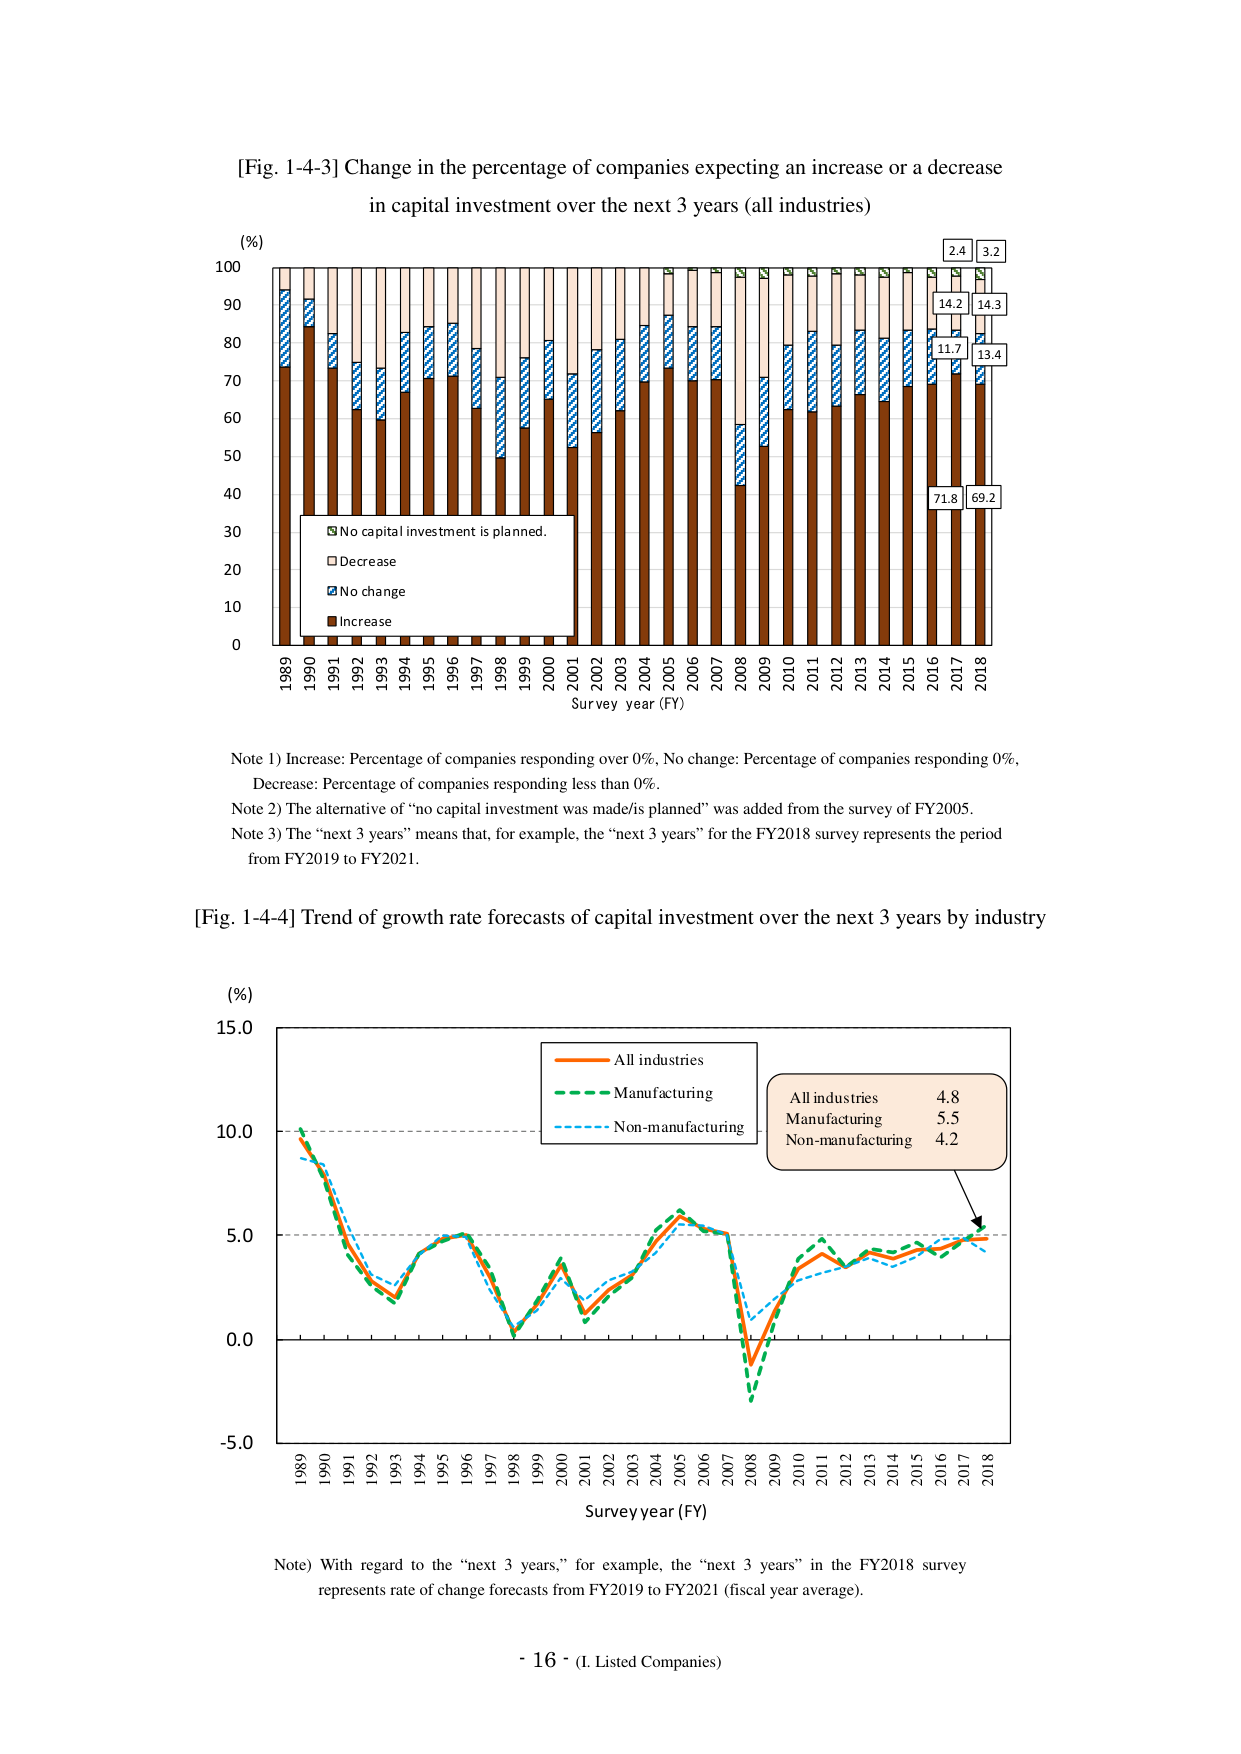
[Fig. 1-4-3] Change in the percentage of companies expecting an increase or a decrease in capital investment over the next 3 years (all industries)

(%)
100
90
80
70
60
50
40
30
20
10
0

1989 1990 1991 1992 1993 1994 1995 1996 1997 1998 1999 2000 2001 2002 2003 2004 2005 2006 2007 2008 2009 2010 2011 2012 2013 2014 2015 2016 2017 2018
Survey year (FY)

□ No capital investment is planned.
□ Decrease
□ No change
□ Increase

2.4 3.2
14.2 14.3
11.7 13.4
71.8 69.2

Note 1) Increase: Percentage of companies responding over 0%. No change: Percentage of companies responding 0%. Decrease: Percentage of companies responding less than 0%.
Note 2) The alternative of “no capital investment was made/is planned” was added from the survey of FY2005.
Note 3) The “next 3 years” means that, for example, the “next 3 years” for the FY2018 survey represents the period from FY2019 to FY2021.

[Fig. 1-4-4] Trend of growth rate forecasts of capital investment over the next 3 years by industry

(%)
15.0
10.0
5.0
0.0
-5.0

1989 1990 1991 1992 1993 1994 1995 1996 1997 1998 1999 2000 2001 2002 2003 2004 2005 2006 2007 2008 2009 2010 2011 2012 2013 2014 2015 2016 2017 2018
Survey year (FY)

All industries
Manufacturing
Non-manufacturing

All industries 4.8
Manufacturing 5.5
Non-manufacturing 4.2

Note) With regard to the “next 3 years,” for example, the “next 3 years” in the FY2018 survey represents rate of change forecasts from FY2019 to FY2021 (fiscal year average).

- 16 - (I. Listed Companies)